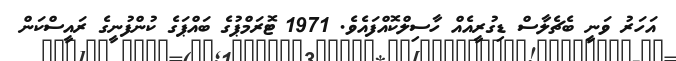
އަހަރު ވަނީ ބެޗެލާސް ޑިގުރީއެއް ހާސިލްކޮއްފައެވެ. 1971 ޓޮރަމްޕުގެ ބައްޕަގެ ކުންފުނީގެ ރައީސްކަން